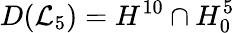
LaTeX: D(\mathcal{L}_{5})=H^{10}\cap H_{0}^{5}